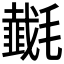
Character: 𰚵